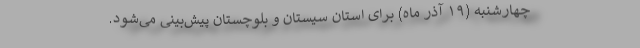
چهارشنبه (۱۹ آذر ماه) برای استان سیستان و بلوچستان پیش‌بینی می‌شود.